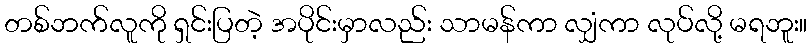
တစ်ဘက်လူကို ရှင်းပြတဲ့ အပိုင်းမှာလည်း သာမန်ကာ လျှံကာ လုပ်လို့ မရဘူး။